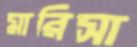
মারিসা